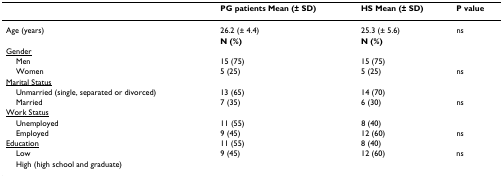
<table><thead><tr><td></td><td><b>PG patients Mean (± SD)</b></td><td><b>HS Mean (± SD)</b></td><td><b>P value</b></td></tr></thead><tbody><tr><td>Age (years)</td><td>26.2 (± 4.4)</td><td>25.3 (± 5.6)</td><td>ns</td></tr><tr><td></td><td><b>N (%)</b></td><td><b>N (%)</b></td><td></td></tr><tr><td><underline>Gender</underline></td><td></td><td></td><td></td></tr><tr><td> Men</td><td>15 (75)</td><td>15 (75)</td><td></td></tr><tr><td> Women</td><td>5 (25)</td><td>5 (25)</td><td>ns</td></tr><tr><td><underline>Marital Status</underline></td><td></td><td></td><td></td></tr><tr><td> Unmarried (single, separated or divorced)</td><td>13 (65)</td><td>14 (70)</td><td></td></tr><tr><td> Married</td><td>7 (35)</td><td>6 (30)</td><td>ns</td></tr><tr><td><underline>Work Status</underline></td><td></td><td></td><td></td></tr><tr><td> Unemployed</td><td>11 (55)</td><td>8 (40)</td><td></td></tr><tr><td> Employed</td><td>9 (45)</td><td>12 (60)</td><td>ns</td></tr><tr><td><underline>Education</underline></td><td>11 (55)</td><td>8 (40)</td><td></td></tr><tr><td> Low</td><td>9 (45)</td><td>12 (60)</td><td>ns</td></tr><tr><td> High (high school and graduate)</td><td></td><td></td><td></td></tr></tbody></table>